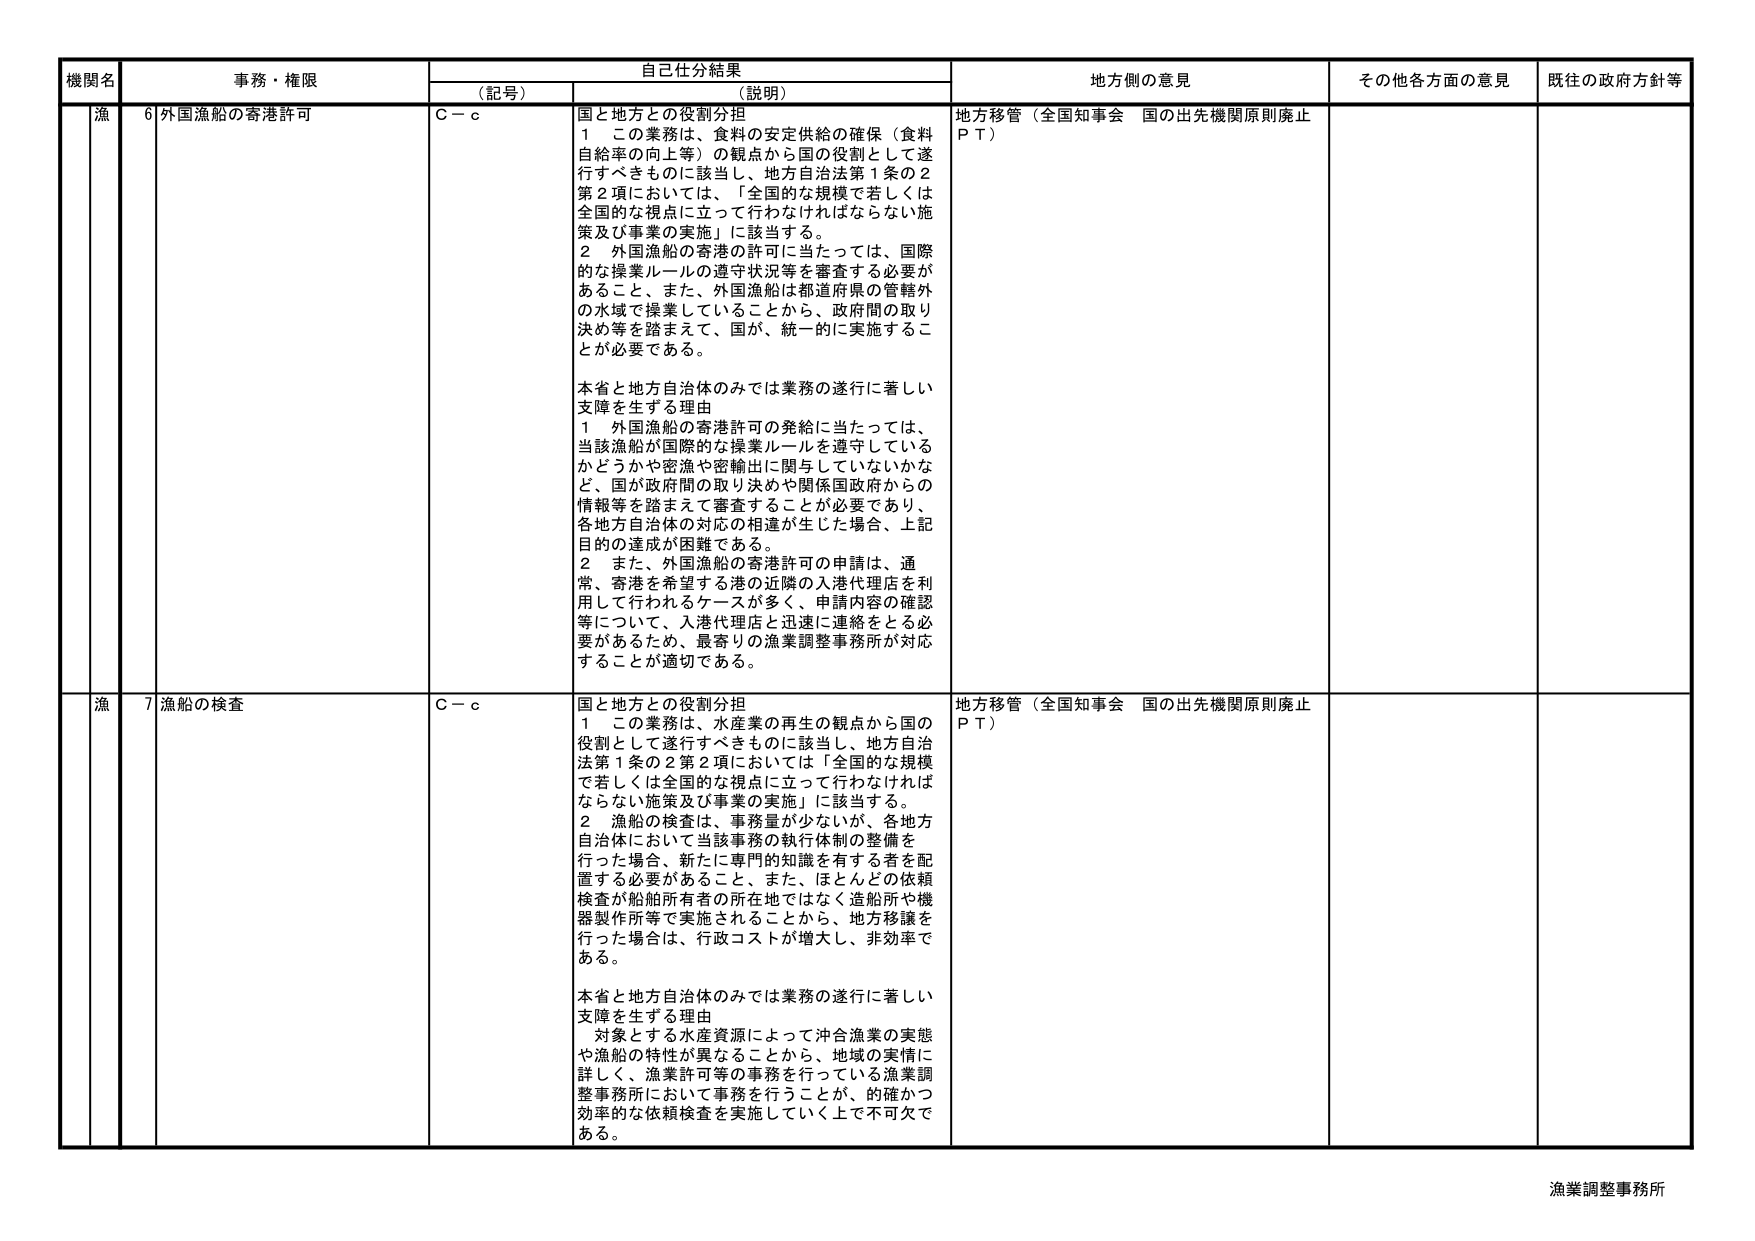
機関名 事務・権限 自己仕分結果 地方側の意見 その他各方面の意見 既往の政府方針等
（記号） （説明）
漁 6 外国漁船の寄港許可 C－c 国と地方との役割分担
１ この業務は、食料の安定供給の確保（食料
自給率の向上等）の観点から国の役割として遂
行すべきものに該当し、地方自治法第１条の２
第２項においては、「全国的な規模で若しくは
全国的な視点に立って行わなければならない施
策及び事業の実施」に該当する。
２ 外国漁船の寄港の許可に当たっては、国際
的な操業ルールの遵守状況等を審査する必要が
あること、また、外国漁船は都道府県の管轄外
の水域で操業していることから、政府間の取り
決め等を踏まえて、国が、統一的に実施するこ
とが必要である。
本省と地方自治体のみでは業務の遂行に著しい
支障を生ずる理由
１ 外国漁船の寄港許可の発給に当たっては、
当該漁船が国際的な操業ルールを遵守している
かどうかや密漁や密輸出に関与していないかな
ど、国が政府間の取り決めや関係国政府からの
情報等を踏まえて審査することが必要であり、
各地方自治体の対応の相違が生じた場合、上記
目的の達成が困難である。
２ また、外国漁船の寄港許可の申請は、通
常、寄港を希望する港の近隣の入港代理店を利
用して行われるケースが多く、申請内容の確認
等について、入港代理店と迅速に連絡をとる必
要があるため、最寄りの漁業調整事務所が対応
することが適切である。
地方移管（全国知事会 国の出先機関原則廃止
ＰＴ）
漁 7 漁船の検査 C－c 国と地方との役割分担
１ この業務は、水産業の再生の観点から国の
役割として遂行すべきものに該当し、地方自治
法第１条の２第２項においては「全国的な規模
で若しくは全国的な視点に立って行わなければ
ならない施策及び事業の実施」に該当する。
２ 漁船の検査は、事務量が少ないが、各地方
自治体において当該事務の執行体制の整備を
行った場合、新たに専門的知識を有する者を配
置する必要があること、また、ほとんどの依頼
検査が船舶所有者の所在地ではなく造船所や機
器製作所等で実施されることから、地方移譲を
行った場合は、行政コストが増大し、非効率で
ある。
本省と地方自治体のみでは業務の遂行に著しい
支障を生ずる理由
対象とする水産資源によって沖合漁業の実態
や漁船の特性が異なることから、地域の実情に
詳しく、漁業許可等の事務を行っている漁業調
整事務所において事務を行うことが、的確かつ
効率的な依頼検査を実施していく上で不可欠で
ある。
地方移管（全国知事会 国の出先機関原則廃止
ＰＴ）
漁業調整事務所